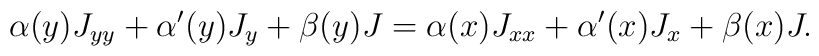
\alpha(y)J_{yy}+\alpha'(y)J_{y}+\beta(y)J=\alpha(x)J_{xx}+\alpha'(x)J_{x}+\beta(x)J.